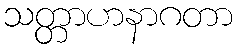
သတ္တာဟနာဂတာ